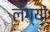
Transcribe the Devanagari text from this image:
लग्यों